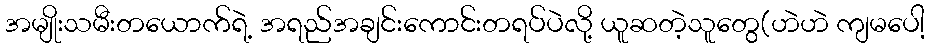
အမျိုးသမီးတယောက်ရဲ့ အရည်အချင်းကောင်းတရပ်ပဲလို့ ယူဆတဲ့သူတွေ(ဟဲဟဲ ကျမပေါ့